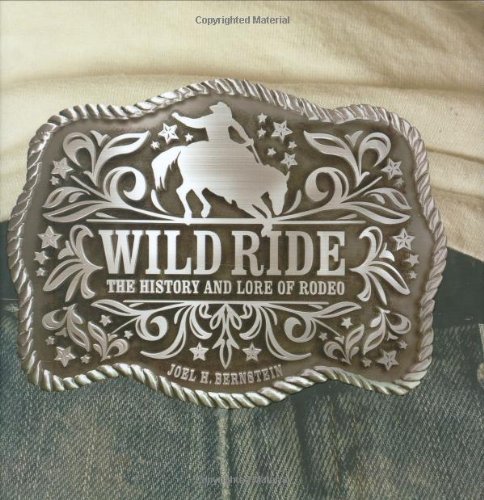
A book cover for Wild Ride: The History of Western Rodeo; Joel Bernstein; Sports & Outdoors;